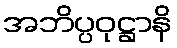
အဘိပ္ပဝုဋ္ဌာနိ